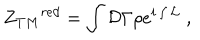
LaTeX: { Z _ { T M } } ^ { r e d } = \int { \cal D } \Gamma \rho e ^ { i \int { \cal L } } \; ,